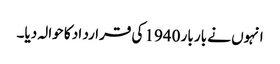
انہوں نے بار بار 1940 کی قرارد اد کا حوالہ دیا۔